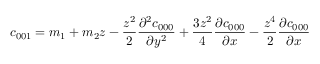
c _ { 0 0 1 } = m _ { 1 } + m _ { 2 } z - \frac { z ^ { 2 } } { 2 } \frac { \partial ^ { 2 } c _ { 0 0 0 } } { \partial y ^ { 2 } } + \frac { 3 z ^ { 2 } } { 4 } \frac { \partial c _ { 0 0 0 } } { \partial x } - \frac { z ^ { 4 } } { 2 } \frac { \partial c _ { 0 0 0 } } { \partial x }